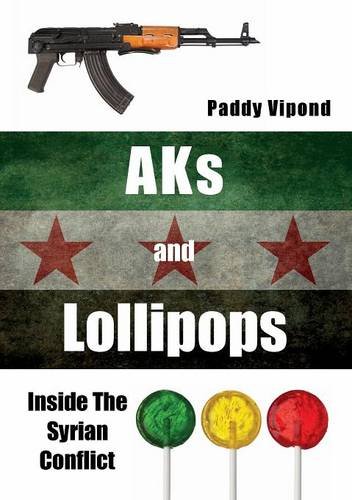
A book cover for AKs and Lollipops: Inside The Syrian Conflict; Paddy Vipond; History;